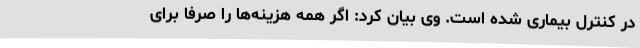
در کنترل بیماری شده است. وی بیان کرد: اگر همه هزینه‌ها را صرفا برای